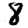
Digit: 8